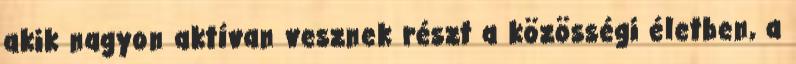
akik nagyon aktívan vesznek részt a közösségi életben, a